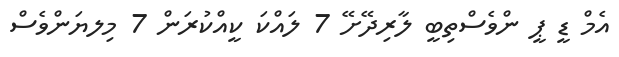
އެމް ޑީ ޕީ ންވެސްތިބީ ލާރިދޭށޭ 7 ލައްކަ ކީއްކުރަން 7 މިލޔަންވެސް